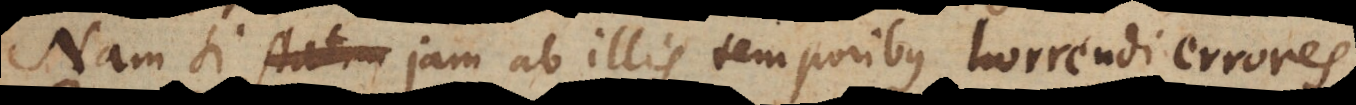
Nam si jam ab illis temporibus horrendi errores